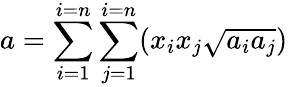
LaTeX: a=\sum_{i=1}^{i=n}\sum_{j=1}^{i=n}(x_{i}x_{j}{\sqrt{a_{i}a_{j}}})